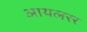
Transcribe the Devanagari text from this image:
आयलरर